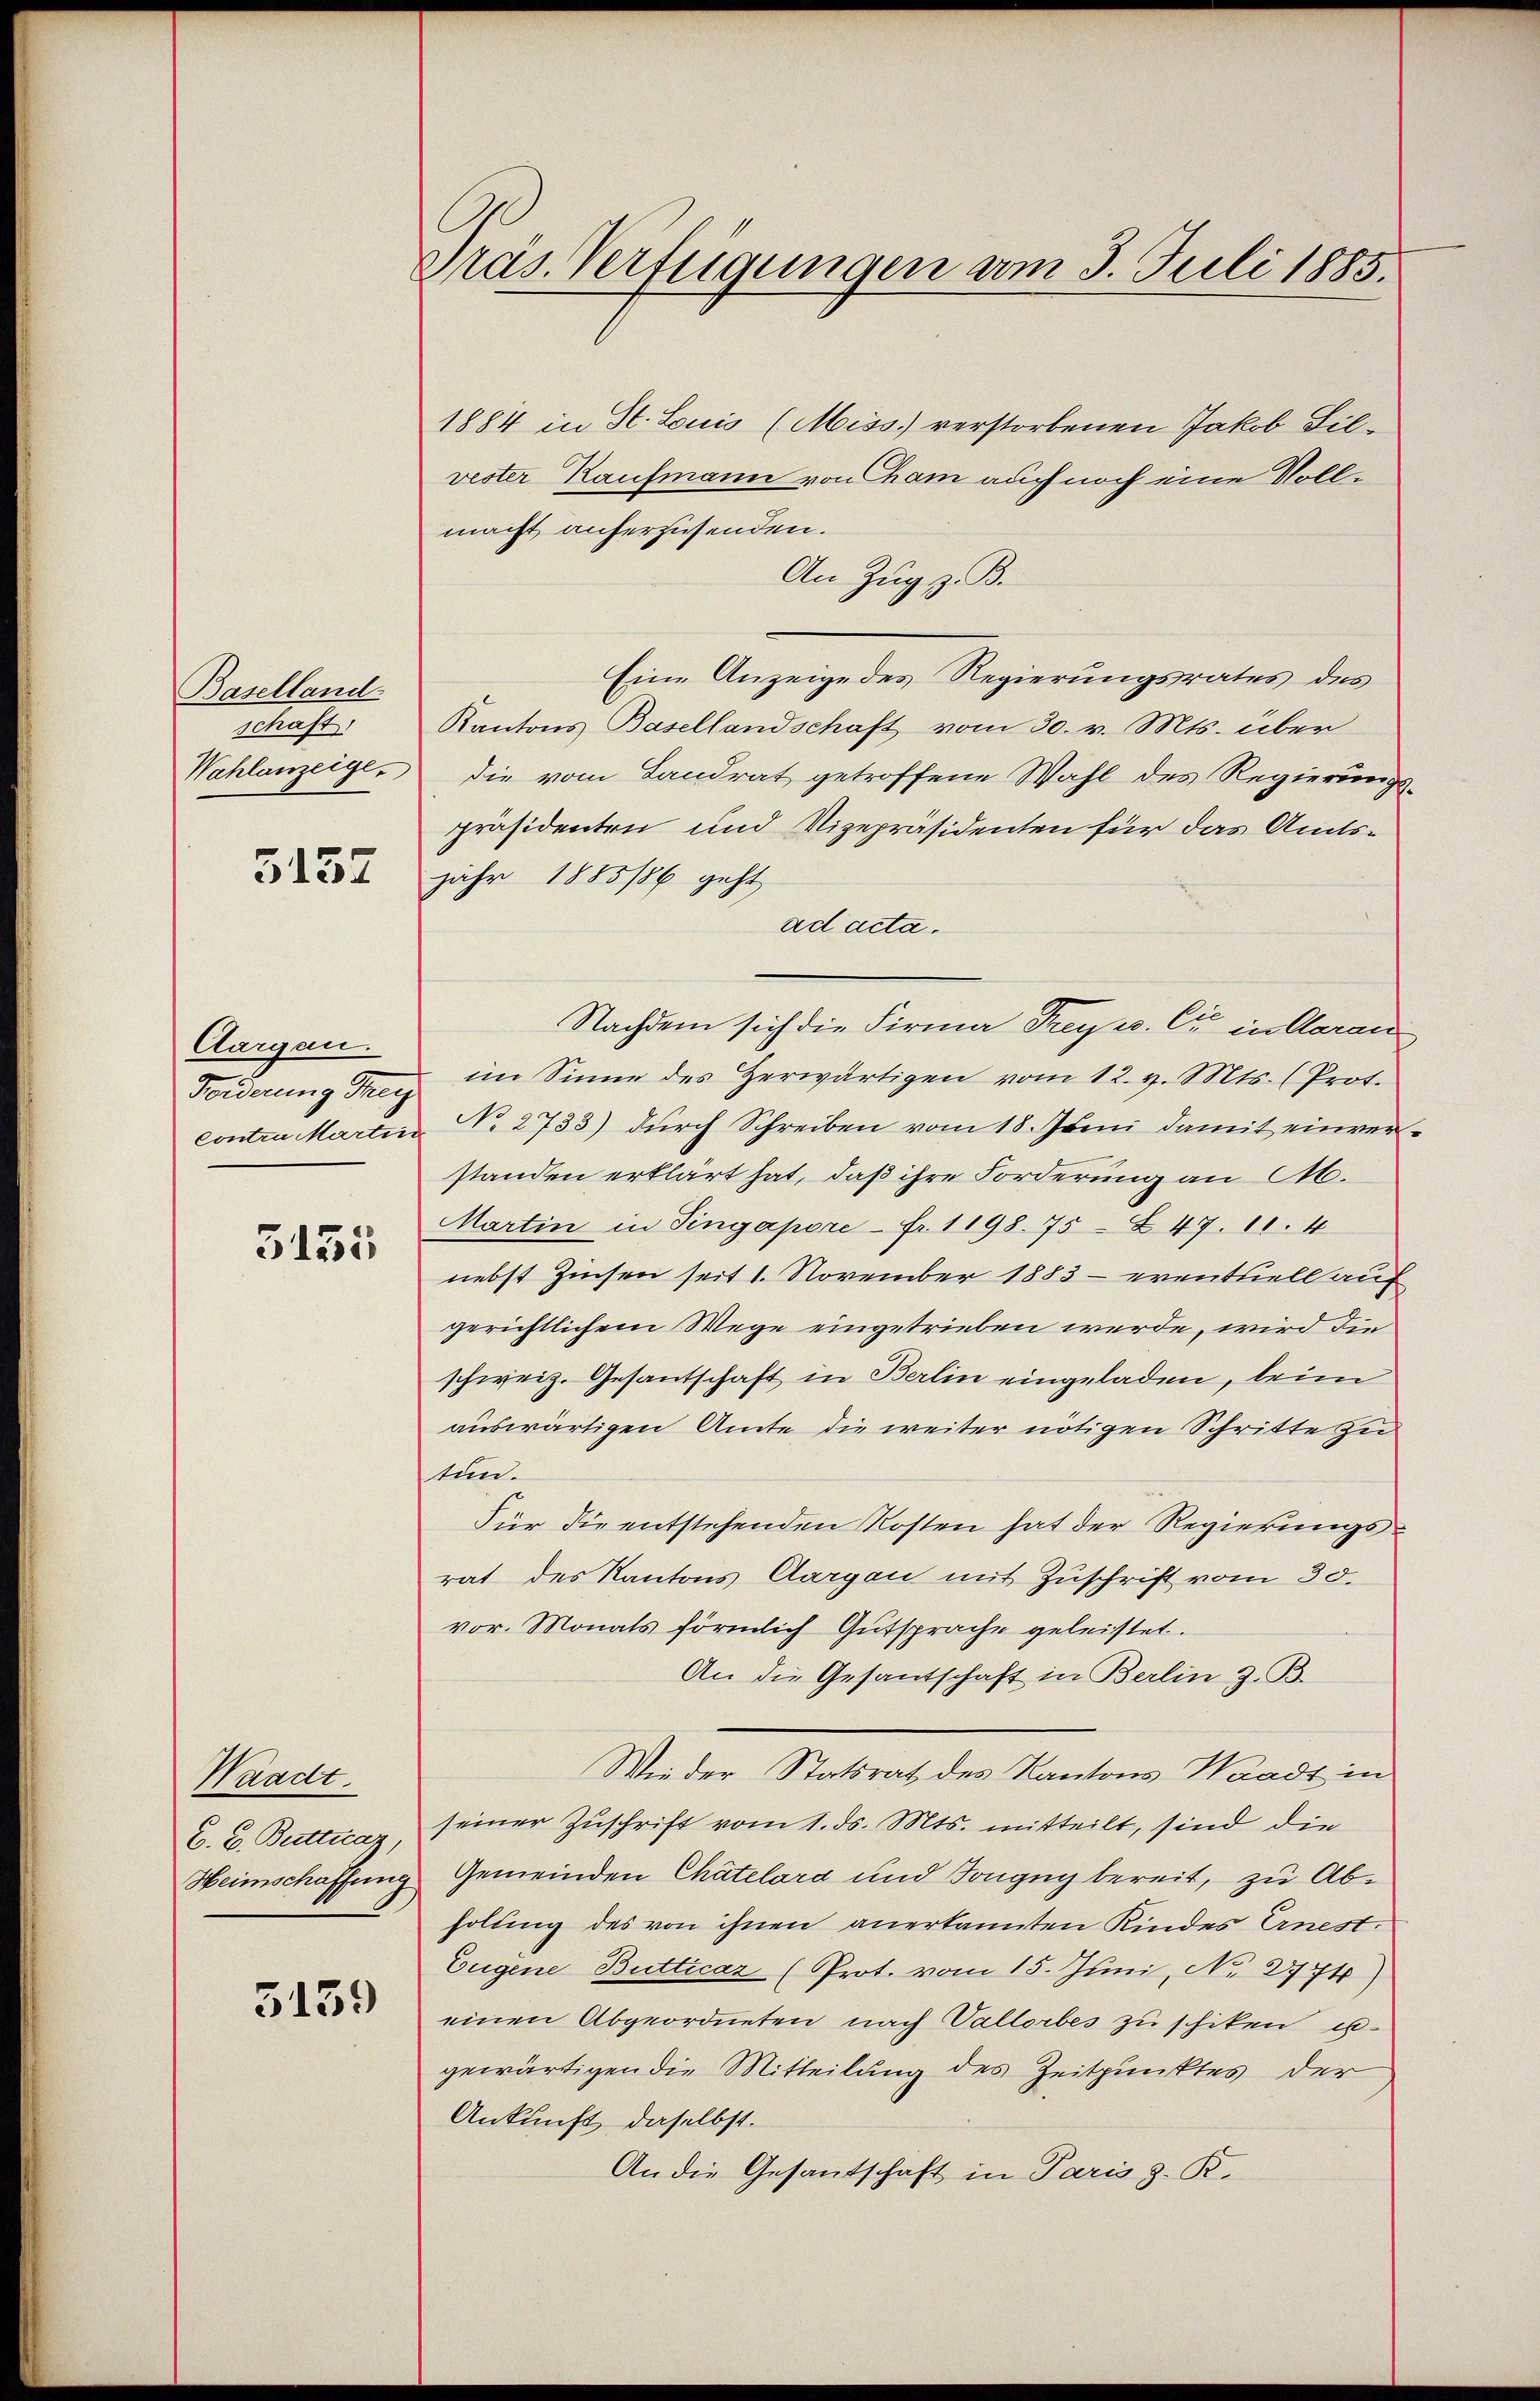
Baselland.
schaft
Wahlanzeige.

5137

Aargau.
Forderung Frey

3155

Waadt.
C. C. Bertticaz

5139

Präs. Verfügungen vom 3. Juli 1885.

1884 in St. Louis (Miss. verstorbenen Jakob Filvester Kaufmann von ham auch noch eine Vollmacht auferzusenden.
An Zug z. B.
Eine Anzeige des Regierungsrates des
Kantons Basellandschaft vom 30. v. Mts. über
die vom Landrat getroffene Wahl des Regierungspräsidenten und Vizepräsidenten für das Amts-
jahr 1885/86 geht
ad acta.
Nachdem sich die Firma Freyer. C in Aarau
im Sinne des Zerwärtigen vom 12. v. Mts. (Prot.
contra Martin Nr 2733) durch Schreiben vom 18. Juni damit einverstanden erklärt hat, daß ihre Forderung an A.
Martin in Pingapore - Fr. 1198. 75 - Z 47. 11. 4
nebst Zinsen seit 1. November 1883 eventuell auf
gerichtlichem Wege eingetrieben werde, wird die
schweiz. Gesantschaft in Berlin eingeladen, beim
auswärtigen Amte die weiter nötigen Schritte zu
tun.
Für die entstehenden Kosten hat der Regierungsrat des Kantons Aargau mit Zuschrift vom 30.
vor. Monats förmlich Gutsprache geleistet.
An die Gesantschaft in Berlin z. B.
Wieder Statsrat des Kantons Waadt in
seiner Zuschrift vom 1. ds. Mts. mitteilt, sind die
Heimschaffung Gemeinden Chatelara und Kongug bereit, zu Abholung des von ihnen anerkannten Kindes Ernest¬
Eugene Butticaz (Prot. vom 15. Juni, No. 2774)
einen Abgeordneten nach Vallorbes zu schiken u.
gewärtigen die Mitteilung des Zeitpunktes der
Ankunft daselbst.
An die Gesantschaft in Paris z. R.